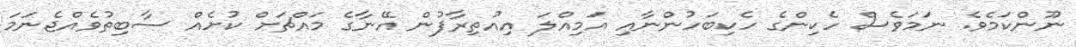
ނޫންކަމެވެ. ނަމަވެސް ހެކިންގެ ހެކިބަހުންނާއި އަމިއްލަ އިއުތިރާފުން އޭނާގެ މައްޗަށް ކުށެއް ސާބިތުވެއްޖެނަމަ